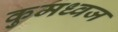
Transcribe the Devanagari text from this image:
कुमध्वज